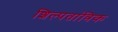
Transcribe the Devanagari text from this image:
शिल्पतांत्रिक